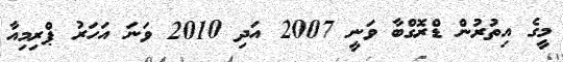
މީގެ އިތުރުން ޑްރޮގްބާ ވަނީ 2007 އަދި 2010 ވަނަ އަހަރު ޕްރިމިއާ